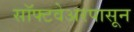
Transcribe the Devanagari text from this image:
सॉफ्टवेअरपासून